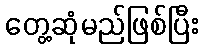
တွေ့ဆုံမည်ဖြစ်ပြီး